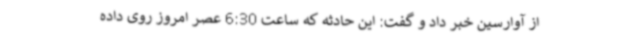
از آوارسین خبر داد و گفت: این حادثه که ساعت 6:30 عصر امروز روی داده